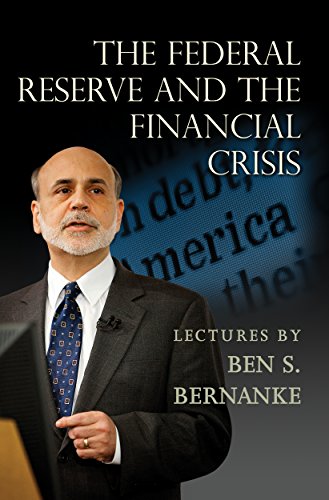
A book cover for The Federal Reserve and the Financial Crisis; Ben S. Bernanke; Business & Money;